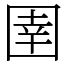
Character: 圉